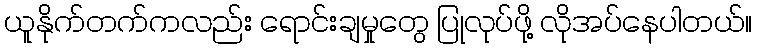
ယူနိုက်တက်ကလည်း ရောင်းချမှုတွေ ပြုလုပ်ဖို့ လိုအပ်နေပါတယ်။